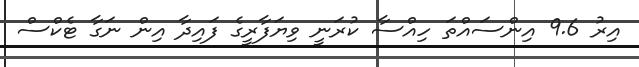
އިރު 9.6 އިންސައްތަ ހިއްސާ ކުރަނީ ވިޔަފާރީގެ ފައިދާ އިން ނަގާ ޓެކްސް